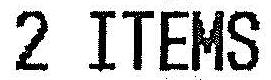
2 ITEMS